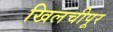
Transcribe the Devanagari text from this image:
खिलचीपूर